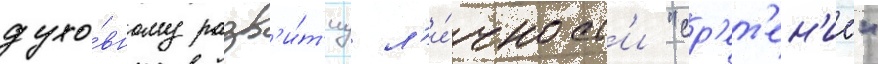
духо́вному разв'и́т'иу л'и́чност'и "ср'ет'ен'ие"